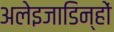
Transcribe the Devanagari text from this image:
अलेइजाडिन्हों